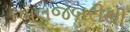
ભલજબરીથી